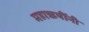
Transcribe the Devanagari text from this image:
महाऋषींनी